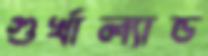
গুর্খাল্যান্ড